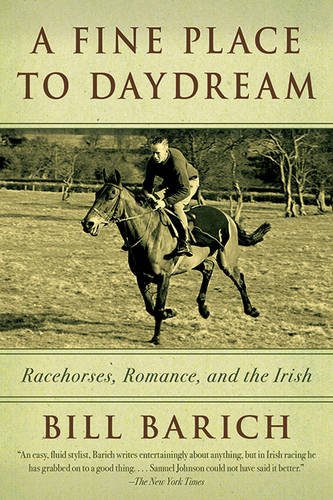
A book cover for A Fine Place to Daydream: Racehorses, Romance, and the Irish; Bill Barich; Travel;